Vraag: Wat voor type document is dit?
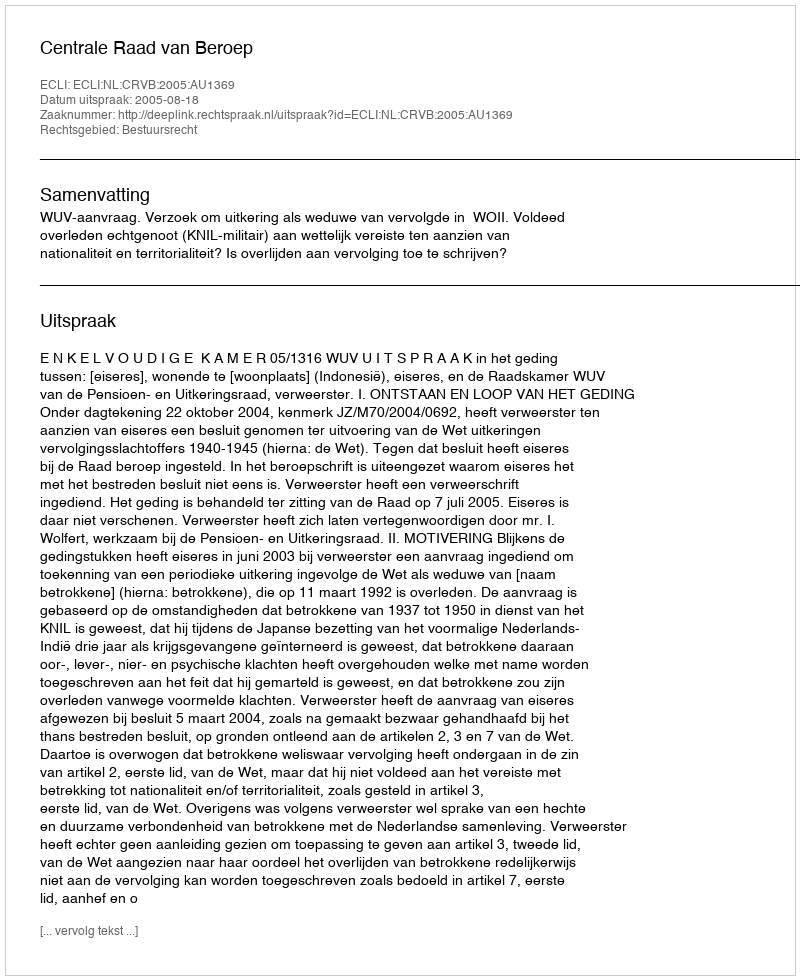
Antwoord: Uitspraak